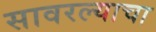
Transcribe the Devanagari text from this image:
सावरल्याचा